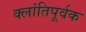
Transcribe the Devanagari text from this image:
क्लांतिपूर्वक